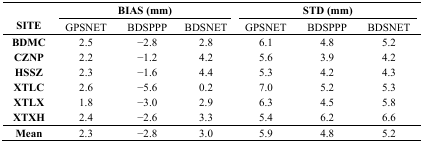
<table><thead><tr><td rowspan="3"><b>SITE</b></td><td colspan="3"><b>BIAS (mm)</b></td><td colspan="3"><b>STD (mm)</b></td></tr><tr><td><b>GPSNET</b></td><td><b>BDSPPP</b></td><td><b>BDSNET</b></td><td><b>GPSNET</b></td><td><b>BDSPPP</b></td><td><b>BDSNET</b></td></tr></thead><tbody><tr><td><b>BDMC</b></td><td>2.5</td><td>−2.8</td><td>2.8</td><td>6.1</td><td>4.8</td><td>5.2</td></tr><tr><td><b>CZNP</b></td><td>2.2</td><td>−1.2</td><td>4.2</td><td>5.6</td><td>3.9</td><td>4.2</td></tr><tr><td><b>HSSZ</b></td><td>2.3</td><td>−1.6</td><td>4.4</td><td>5.3</td><td>4.2</td><td>4.3</td></tr><tr><td><b>XTLC</b></td><td>2.6</td><td>−5.6</td><td>0.2</td><td>7.0</td><td>5.2</td><td>5.3</td></tr><tr><td><b>XTLX</b></td><td>1.8</td><td>−3.0</td><td>2.9</td><td>6.3</td><td>4.5</td><td>5.8</td></tr><tr><td><b>XTXH</b></td><td>2.4</td><td>−2.6</td><td>3.3</td><td>5.4</td><td>6.2</td><td>6.6</td></tr><tr><td><b>Mean</b></td><td>2.3</td><td>−2.8</td><td>3.0</td><td>5.9</td><td>4.8</td><td>5.2</td></tr></tbody></table>